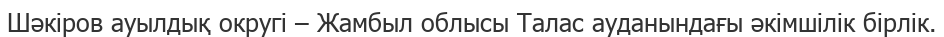
Шәкіров ауылдық округі – Жамбыл облысы Талас ауданындағы әкімшілік бірлік.